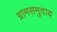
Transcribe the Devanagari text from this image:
ग्रामसमुदाय